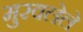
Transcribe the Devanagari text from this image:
मुरवलेले